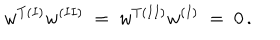
w ^ { T ( I ) } w ^ { ( I I ) } \; = \; w ^ { T ( I I ) } w ^ { ( I ) } \; = \; 0 \, .